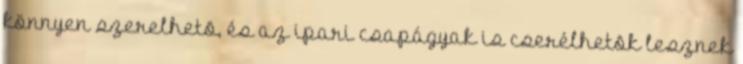
könnyen szerelhetõ, és az ipari csapágyak is cserélhetõk lesznek